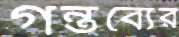
গন্তব্যের